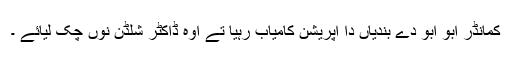
کمانڈر ابو ابو دے بندیاں دا آپریشن کامیاب رہیا تے اوہ ڈاکٹر شلڈن نوں چک لیائے ۔